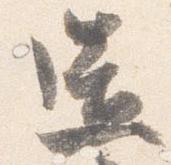
造